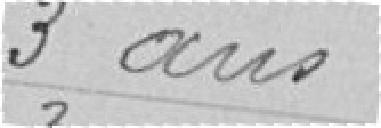
3 ans